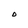
Character: O